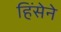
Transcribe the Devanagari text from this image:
हिंसेने